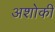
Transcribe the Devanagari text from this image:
अशोकी